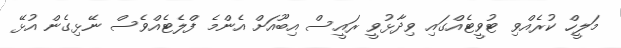
މަލީހް ކުރެއްވި ޓުވީޓެއްގައި ވިދާޅުވީ ރައީސް އިބޫއަށް އެންމެ ފްލެޓެއްވެސް ނޭޅިގެން އުޅޭ